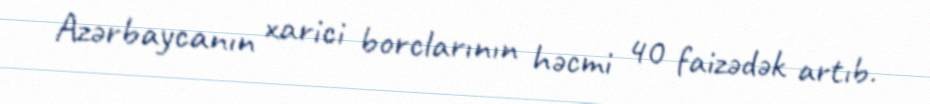
Azərbaycanın xarici borclarının həcmi 40 faizədək artıb.